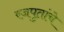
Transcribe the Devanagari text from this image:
रजपुतांचे